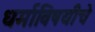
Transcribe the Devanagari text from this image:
धर्माविषयीचे